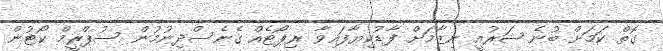
ގޮތް ކަމަށް ބުނެ ޝަރުއީ ނިޒާމަށް ފާޑުކިޔާފައިވާ ރިޕޯޓެއް ގެނެސްދިނުމުން ސުޕްރީމް ކޯޓުން